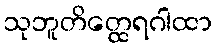
သုဘူတိတ္ထေရဂါထာ